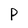
Character: P